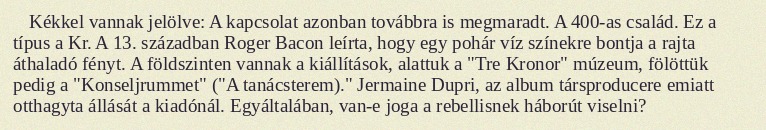
Kékkel vannak jelölve: A kapcsolat azonban továbbra is megmaradt. A 400-as család. Ez a típus a Kr. A 13. században Roger Bacon leírta, hogy egy pohár víz színekre bontja a rajta áthaladó fényt. A földszinten vannak a kiállítások, alattuk a "Tre Kronor" múzeum, fölöttük pedig a "Konseljrummet" ("A tanácsterem)." Jermaine Dupri, az album társproducere emiatt otthagyta állását a kiadónál. Egyáltalában, van-e joga a rebellisnek háborút viselni?